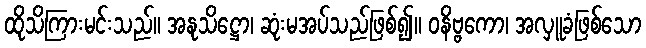
ထိုသိကြားမင်းသည်။ အနုသိဋ္ဌော၊ ဆုံးမအပ်သည်ဖြစ်၍။ ဝနိဗ္ဗကော၊ အလှူခံဖြစ်သော